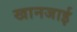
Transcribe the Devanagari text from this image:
खानजाई